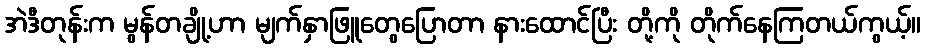
အဲဒီတုန်းက မွန်တချို့ဟာ မျက်နှာဖြူတွေပြောတာ နားထောင်ပြီး တို့ကို တိုက်နေကြတယ်ကွယ့်။